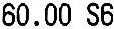
60.00 S6